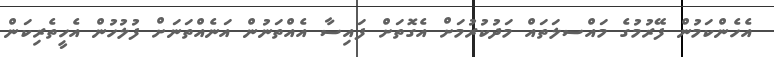
އެހެންކަމުން ފޭރުމުގެ މައްސލަަތައް މަދުކުރުމަށް އެގޮތަށް ފައިސާ އެެއްތަނުން އަނެއްތަނަށް ފުލުހުން އެހީތެރިކަން